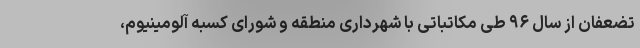
تضعفان از سال ۹۶ طی مکاتباتی با شهرداری منطقه و شورای کسبه آلومینیوم،